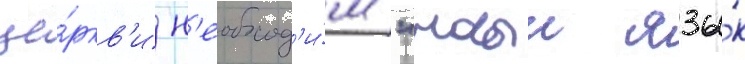
це́ркв'и н'еобход'и́м "новыи язы́к